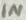
Text: IN